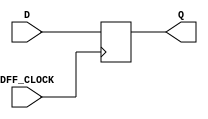
`timescale 1ns / 1ps
//////////////////////////////////////////////////////////////////////////////////
// Company: 
// Engineer: 
// 
// Design Name: 
// Module Name: my_dff
// Project Name: 
// Target Devices: 
// Tool Versions: 
// Description: 
// 
// Dependencies: 
// 
// Revision:
// Revision 0.01 - File Created
// Additional Comments:
// 
//////////////////////////////////////////////////////////////////////////////////


module my_dff(
    input DFF_CLOCK,
    input D,
    output reg Q = 0
    );
    
    always @ (posedge DFF_CLOCK)
    begin
        Q <= D;
    end
endmodule